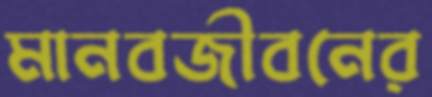
মানবজীবনের